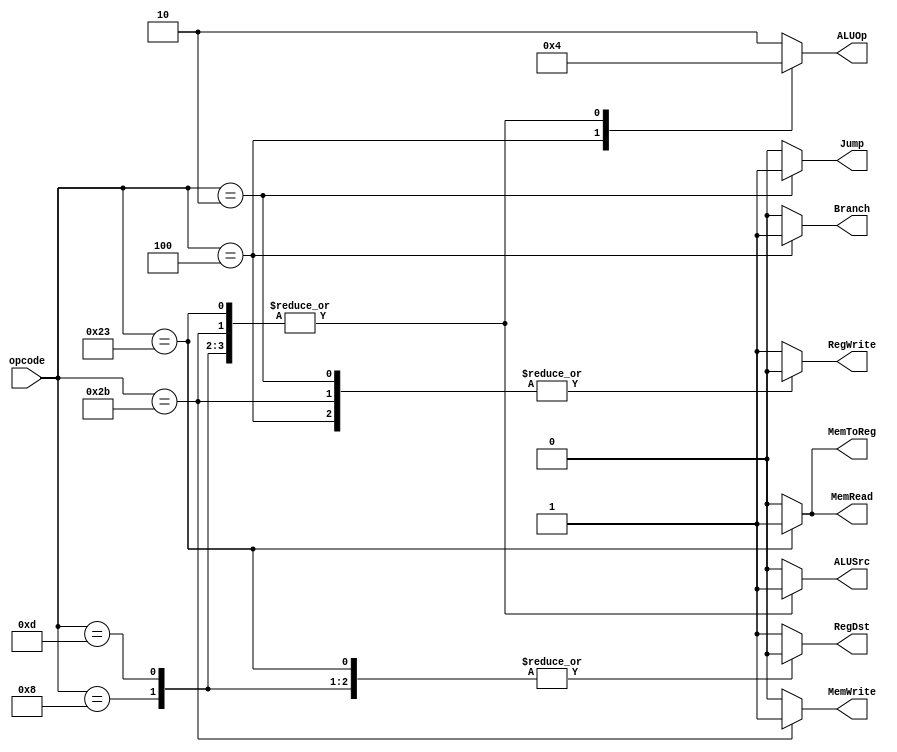
module control(
    input wire [5:0] opcode,
    output reg RegDst, Jump, Branch, MemRead, MemToReg,
    output reg [1:0] ALUOp,
    output reg MemWrite, ALUSrc, RegWrite
    );

    always @(*) begin
        RegWrite <= 1'b1;
        RegDst <= 1'b1;
        ALUSrc <= 1'b0;
        Branch <= 1'b0;
        MemRead <= 1'b0;
        MemWrite <= 1'b0;
        MemToReg <= 1'b0;
        ALUOp[1:0] <= 2'b10;
        Jump <= 1'b0;

        case (opcode)
            6'b100011: begin // lw
                RegDst <= 1'b0;
                ALUSrc <= 1'b1;
                MemRead <= 1'b1;
                MemToReg <= 1'b1;
                ALUOp[1:0] <= 2'b00;
            end
            6'b101011: begin // sw
                RegWrite <= 1'b0;
                ALUSrc <= 1'b1;
                MemWrite <= 1'b1;
                ALUOp[1:0] <= 2'b00;
            end
            6'b000100: begin // beq
                RegWrite <= 1'b0;
                Branch <= 1'b1;
                ALUOp <= 1'b01;
            end
            6'b001000: begin // addi
                RegDst <= 1'b0;
                ALUSrc <= 1'b1;
                ALUOp[1:0] <= 2'b00;
            end
            6'b001101: begin // ori
                RegDst <= 1'b0;
                ALUSrc <= 1'b1;
                ALUOp[1:0] <= 2'b00;
            end
            6'b000010: begin // jump
                RegWrite <= 1'b0;
                Jump <= 1'b1;
            end
        endcase
    end

endmodule